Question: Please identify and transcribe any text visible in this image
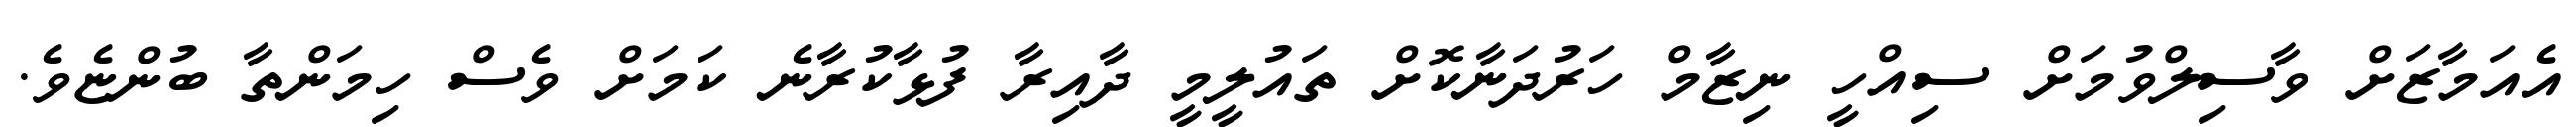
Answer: އެއަމާޒަށް ވާސިލްވުމަށް ސިއްހީ ނިޒާމް ހަރުދަނާކޮށް ތައުލީމީ ދާއިރާ ފުޅާކުރާނެ ކަމަށް ވެސް ހިމަންތާ ބުންޏެވެ.